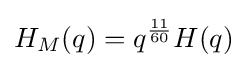
H_{M}(q)=q^{\frac {11}{60}}H(q)